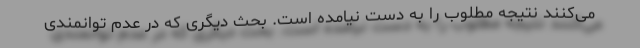
می‌کنند نتیجه مطلوب را به دست نیامده است. بحث دیگری که در عدم توانمندی